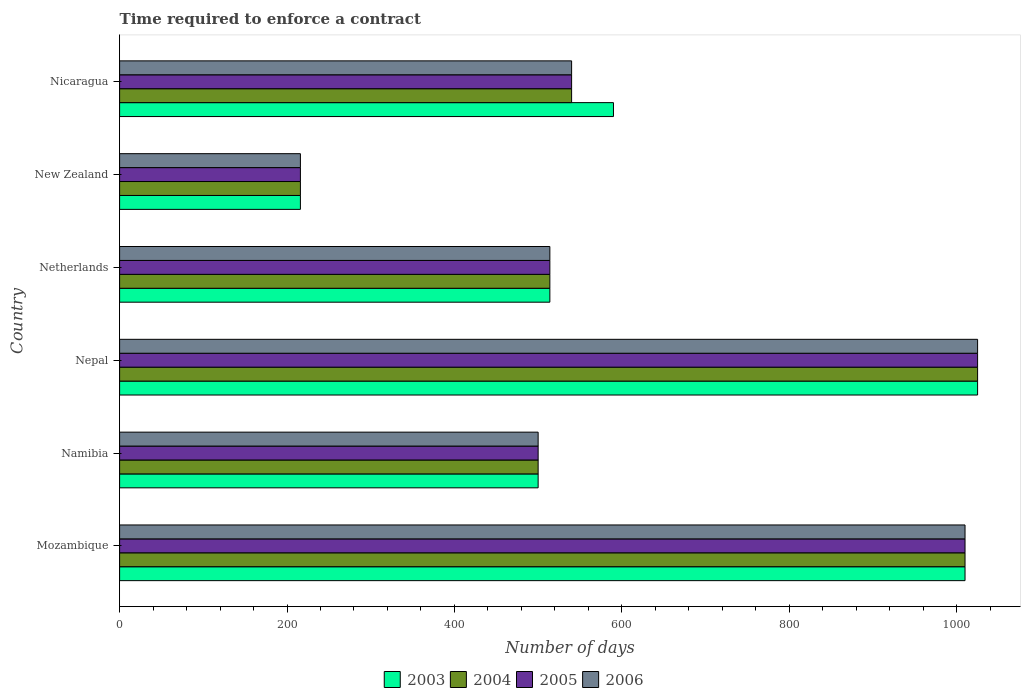
| Country | 2003 | 2004 | 2005 | 2006 |
 | --- | --- | --- | --- | --- |
 | Mozambique | 1.01e+03 | 1.01e+03 | 1.01e+03 | 1.01e+03 |
 | Namibia | 500 | 500 | 500 | 500 |
 | Nepal | 1.02e+03 | 1.02e+03 | 1.02e+03 | 1.02e+03 |
 | Netherlands | 514 | 514 | 514 | 514 |
 | New Zealand | 216 | 216 | 216 | 216 |
 | Nicaragua | 590 | 540 | 540 | 540 |